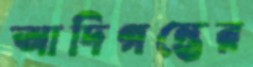
আদিগন্তের